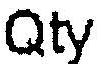
QTY